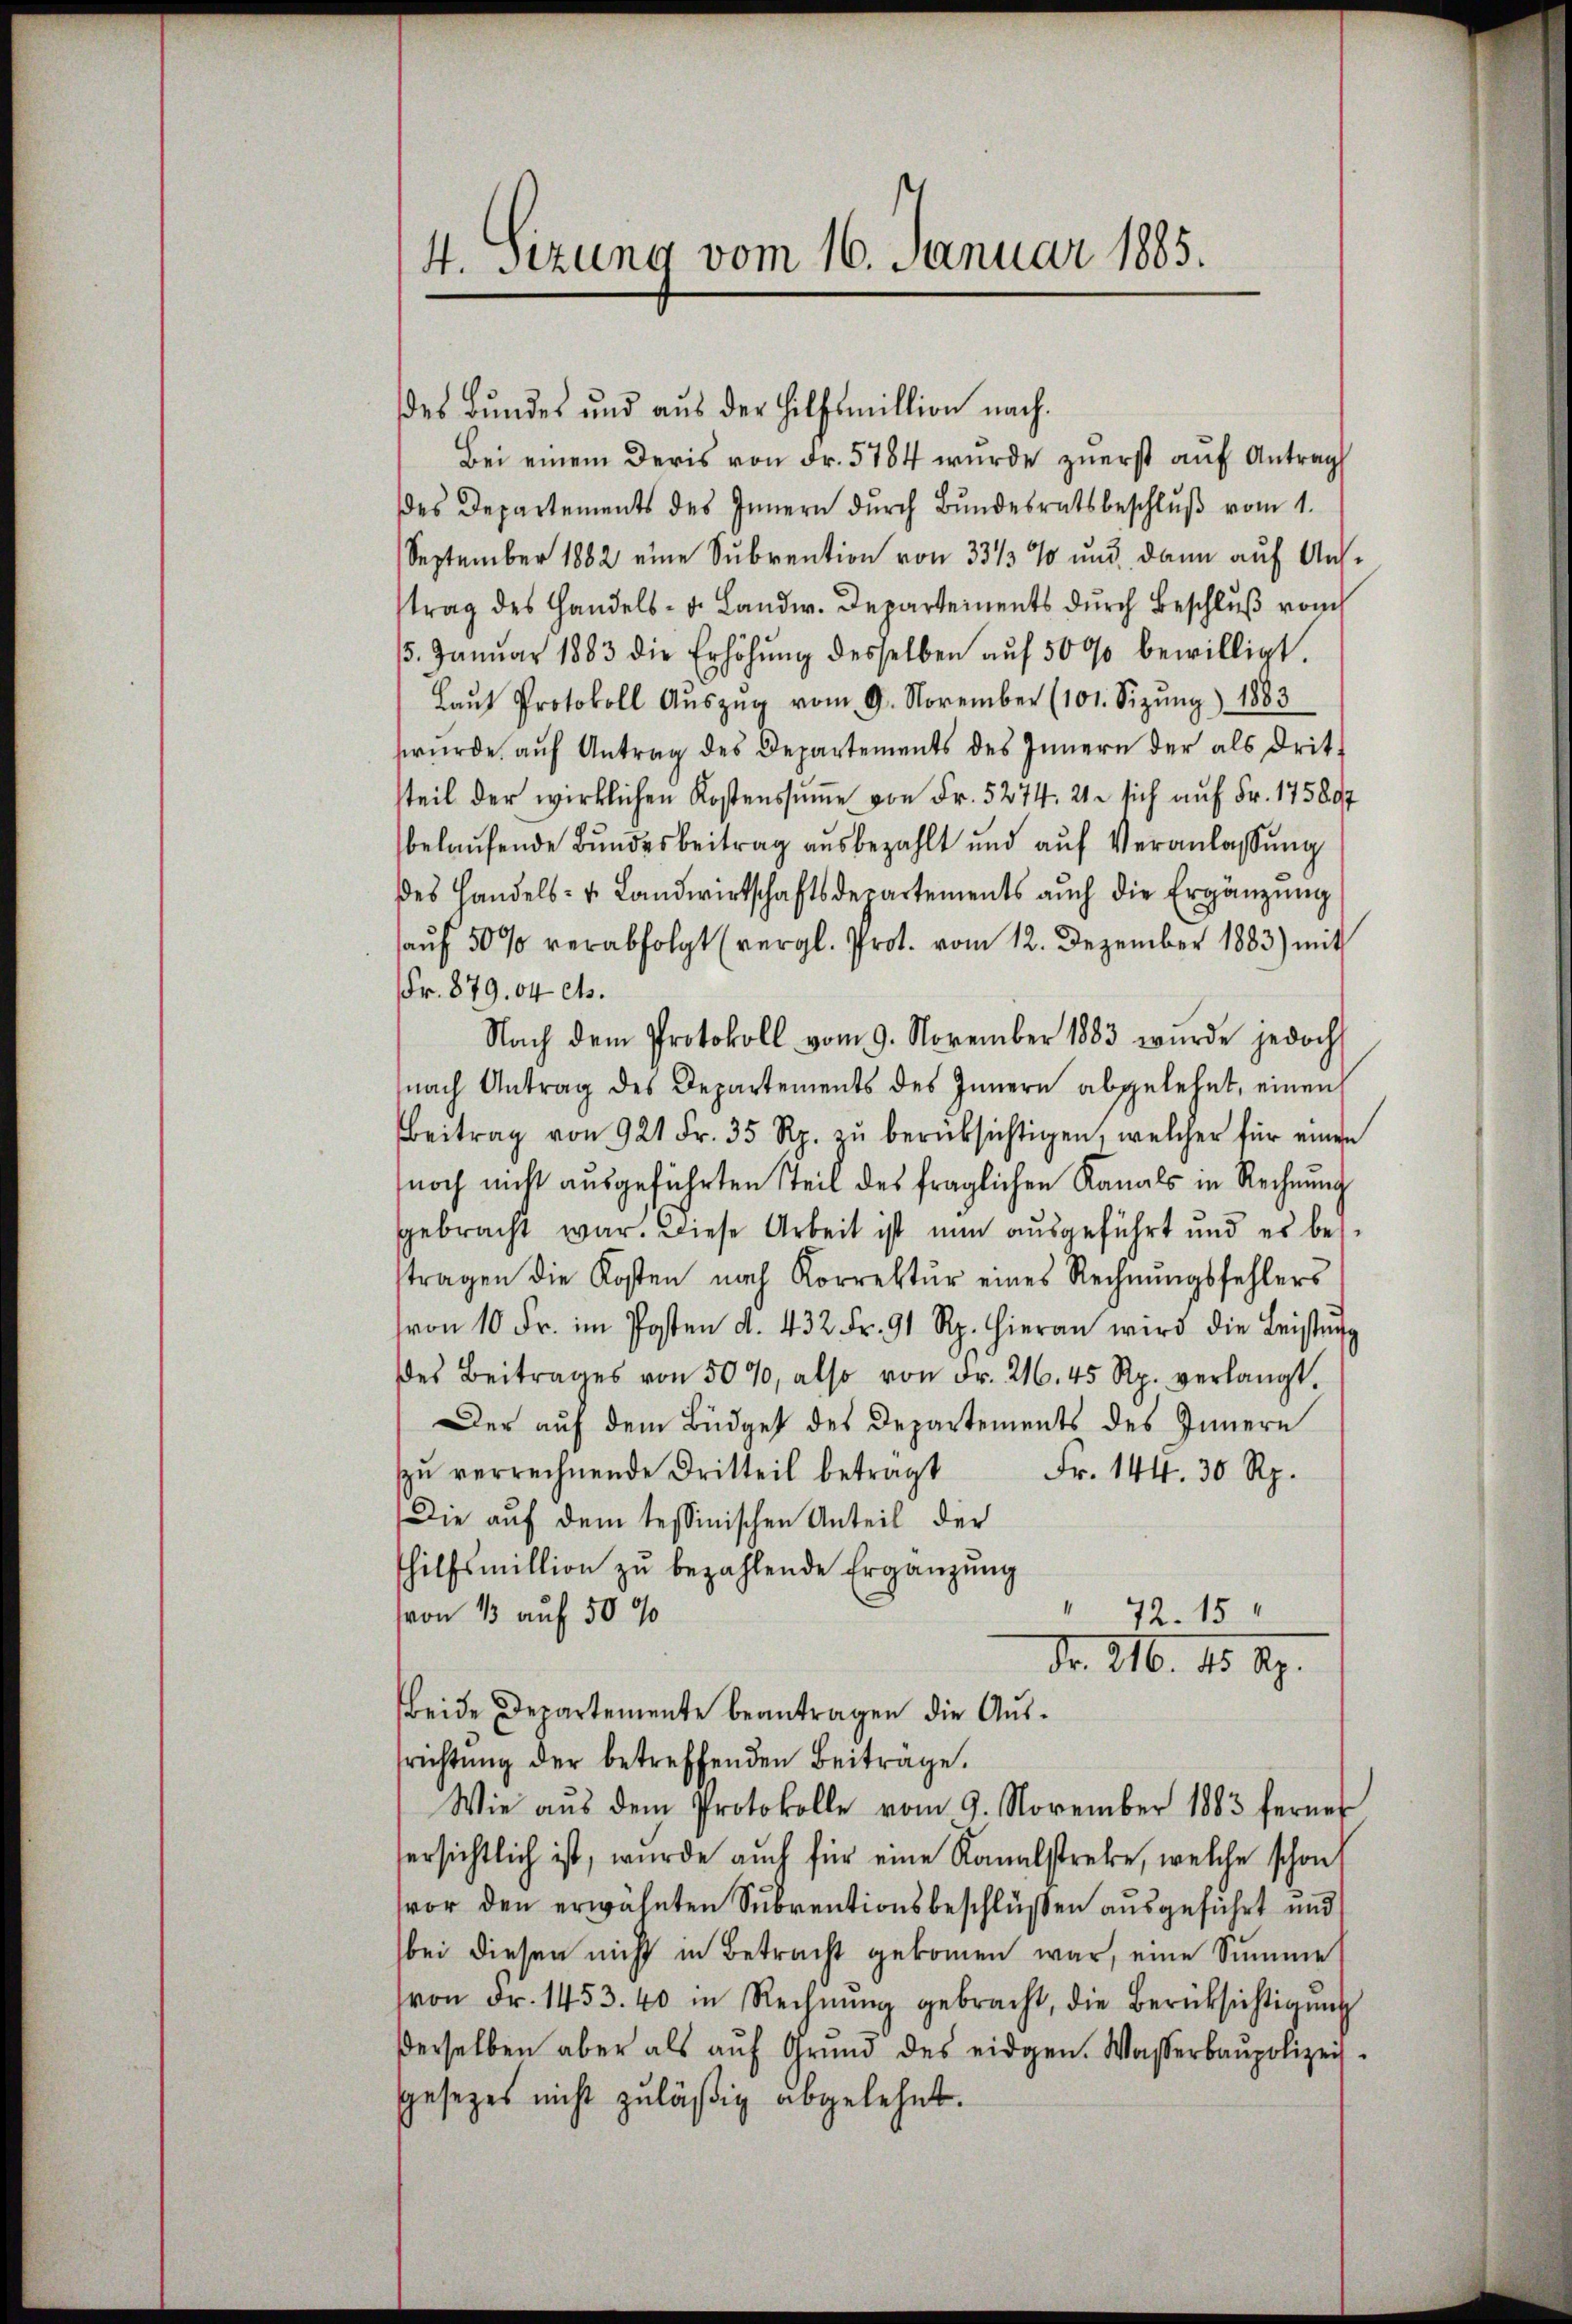
4. Sitzung vom 16. Januar 1885.

des Bundes und aus der Hilfsmillion nach¬
Bei einem deris von Fr. 5784 wurde zuerst auf Antrag
des Departements des Innern dŭrch Bŭndesratsbeschlŭβ vom 1.
September 1882 eine Subvention von 33/3 % und dann auf Austrag des Handels- u. Landw. Departements durch Beschlŭβ vom
15. Janŭar 1883 die Erhöhŭng desselben aŭf 5000 bewilligt.
Laŭt Protokoll Aŭszŭg vom 9. November (101. Sitzŭng) 1883
würde aŭf Antrag des Departements des Innern der als drittteil der wirklichen Kostenssumme von Fr. 5274. 21. sich auf Fr. 175807
belaufende Bundesbeitrag ausbezahlt und aŭf Veranlassung
des Handels- u. Landwirtschaftsdepartements aŭch die Ergänzŭng
aŭf 50 % verabfolgt (vergl. Prot. vom 12. Dezember 1883) mit
Fr. 879. 04 cts.
Nach dem Protokoll vom 9. November 1883 wurde jedoch
nach Antrag des Departements des Innern abgelehnt, einen
Beitrag von 921 Fr. 35 Rp. zŭ berüksichtigen, welcher für einen
noch nicht ausgeführten Teil des fraglichen Kanals in Rechnung
gebracht war. Diese Arbeit ist nun ausgeführt und es bestragen die Kosten nach Korrektŭr eines Rechnŭngsfehlers
von 10 Fr. im Posten d. 432. Fr. 91 Rp. hieran wird die Leistŭng
des Beitrages von 50%, also von Fr. 26. 45 Rp. verlangt.
Der auf dem Büdget des Departements des Innern
zŭ verrechnende Dritteil betragt
Fr. 144. 30 Rp.
Die auf dem tessinischen Anteil der
hilfsmillion zŭ bezahlende Ergänzŭng
“
72. 15
von 13 auf 50 90
Nr. 216. 15. 89.
beide Departemente beantragen die Aussrichtŭng der betreffenden Beitrage.
Wie aŭs dem Protokolle vom 9. November 1883 ferner
ersichtlich ist, wurde auch für eine Kanalstrebe, welche schon
vor den erwähnten Subventionsbeschlüßen ausgeführt und
bei diesen nicht in Betracht gekommen war, eine Summe
von Fr. 1453. 40 in Rechnŭng gebracht, die Berücksichtigŭng
derselben aber als aŭf Grŭnd des eidgen. Wasserbaupolizey-
gesetzes nicht zuläßig abgelehnt.